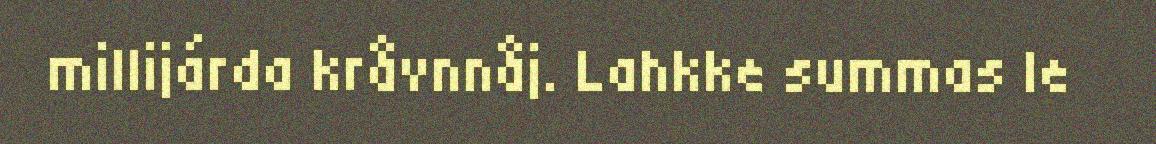
millijárda kråvnnåj. Lahkke summas le